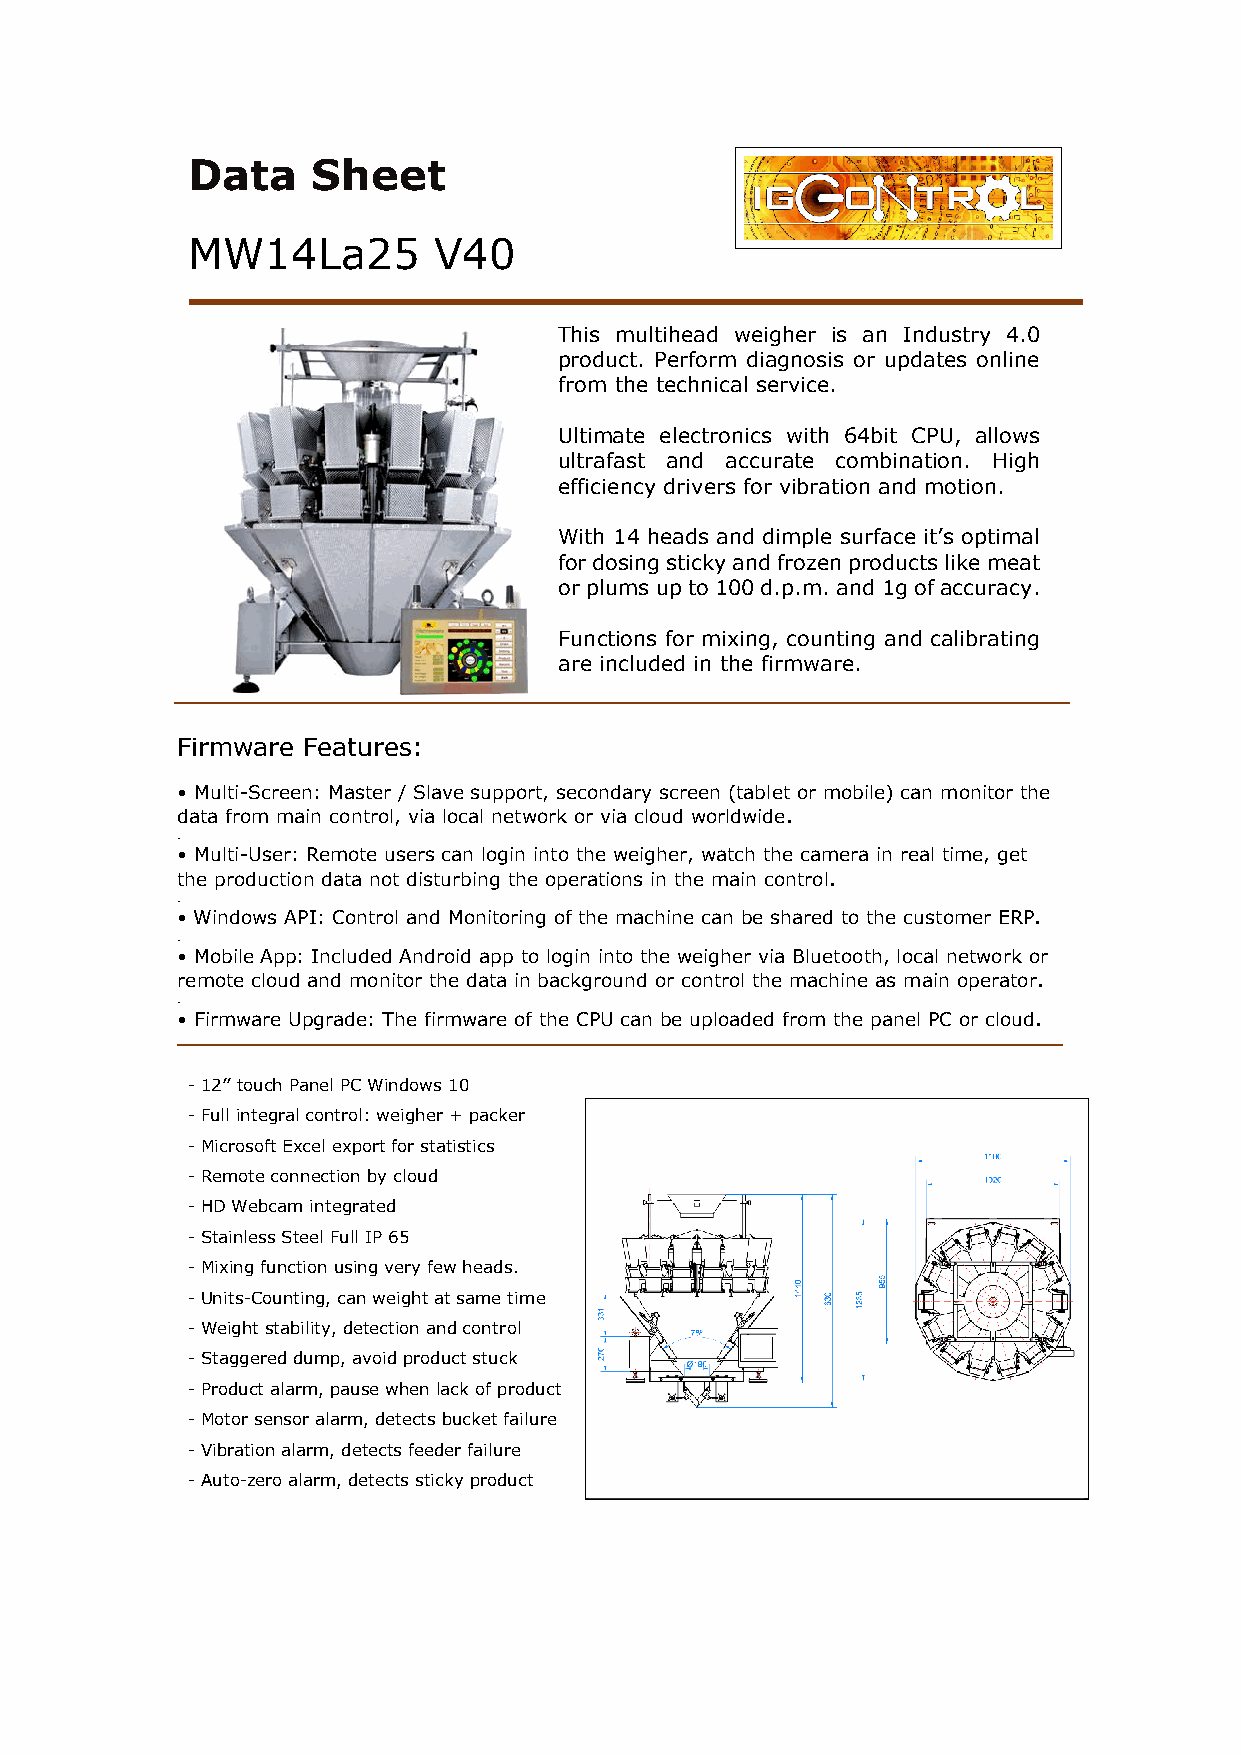
Data     Sheet
 MW14La25         V40
 This multihead weigher is an Industry 4.0
 product. Perform diagnosis or updates online
 from the technical service.
 Ultimate electronics with 64bit CPU, allows
 ultrafast and accurate combination. High
 efficiency drivers for vibration and motion.
 With 14 heads and dimple surface it’s optimal
 for dosing sticky and frozen products like meat
 or plums up to 100 d.p.m. and 1g of accuracy.
 Functions for mixing, counting and calibrating
 are included in the firmware.
 Firmware Features:
 • Multi-Screen: Master / Slave support, secondary screen (tablet or mobile) can monitor the
 data from main control, via local network or via cloud worldwide.
 .
 • Multi-User: Remote users can login into the weigher, watch the camera in real time, get
 the production data not disturbing the operations in the main control.
 .
 • Windows API: Control and Monitoring of the machine can be shared to the customer ERP.
 .
 • Mobile App: Included Android app to login into the weigher via Bluetooth, local network or
 remote cloud and monitor the data in background or control the machine as main operator.
 .
 • Firmware Upgrade: The firmware of the CPU can be uploaded from the panel PC or cloud.
 - 12’’ touch Panel PC Windows 10
 - Full integral control: weigher + packer
 - Microsoft Excel export for statistics
 - Remote connection by cloud
 - HD Webcam integrated
 - Stainless Steel Full IP 65
 - Mixing function using very few heads.
 - Units-Counting, can weight at same time
 - Weight stability, detection and control
 - Staggered dump, avoid product stuck
 - Product alarm, pause when lack of product
 - Motor sensor alarm, detects bucket failure
 - Vibration alarm, detects feeder failure
 - Auto-zero alarm, detects sticky product